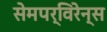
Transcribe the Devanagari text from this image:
सेमपर्विरेन्स